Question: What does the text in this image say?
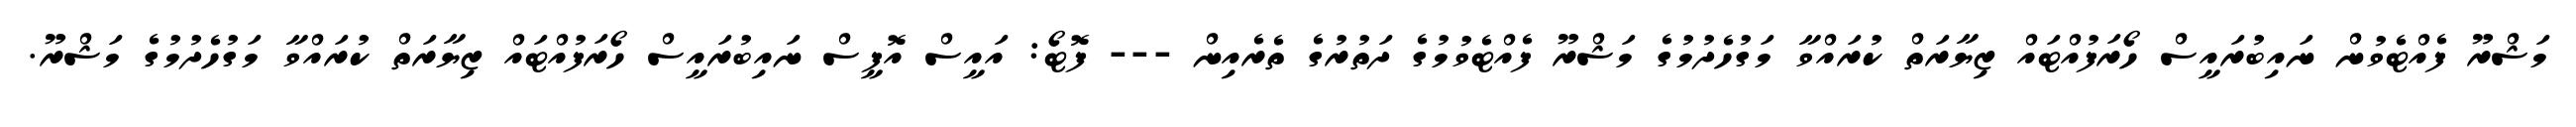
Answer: މަޝްރޫ ފެއްޓެވުން ނައިބުރައީސް ހޯރަފުއްޓައް ޒިޔާރަތް ކުރައްވާ މަގުހެދުމުގެ މަޝްރޫ ފެއްޓެވުމުގެ ދަތުރުގެ ތެރެއިން --- ފޮޓޯ: އައީސް އޮފީސް ނައިބުރައީސް ހޯރަފުއްޓައް ޒިޔާރަތް ކުރައްވާ މަގުހެދުމުގެ މަޝްރޫ.